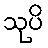
သုပိ